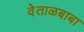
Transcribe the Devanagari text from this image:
वेताळबाबा